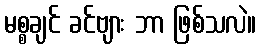
မစ္စချင် ခင်ဗျား ဘာ ဖြစ်သလဲ။